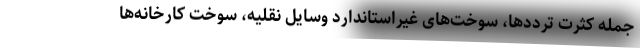
جمله کثرت ترددها، سوخت‌های غیراستاندارد وسایل نقلیه، سوخت کارخانه‌ها